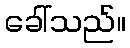
ခေါ်သည်။